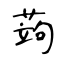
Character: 蒟